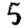
Digit: 5